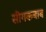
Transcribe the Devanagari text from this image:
सीगकबाब